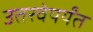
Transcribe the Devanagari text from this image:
उतरवेपर्यंत